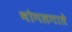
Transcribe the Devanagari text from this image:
भोगलगाते